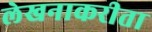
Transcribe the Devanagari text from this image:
लेखनाकरीता